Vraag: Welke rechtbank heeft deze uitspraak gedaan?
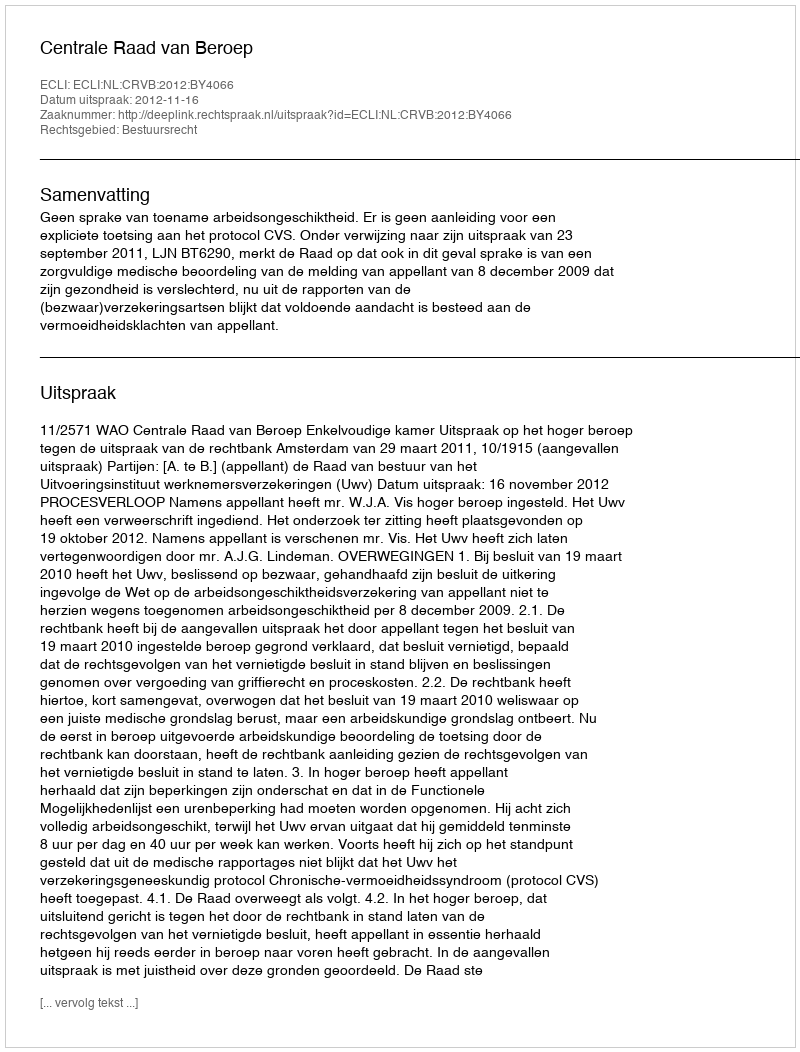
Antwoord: Centrale Raad van Beroep